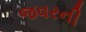
જવરની